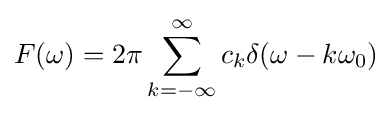
F(\omega )=2\pi \sum _{k=-\infty }^{\infty }c_{k}\delta (\omega -k\omega _{0})